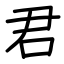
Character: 君